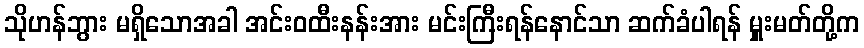
သိုဟန်ဘွား မရှိသောအခါ အင်းဝထီးနန်းအား မင်းကြီးရန်နောင်သာ ဆက်ခံပါရန် မှူးမတ်တို့က